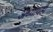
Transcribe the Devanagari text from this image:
अध्यायही